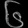
Digit: ၆